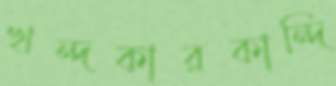
খন্দকারকান্দি